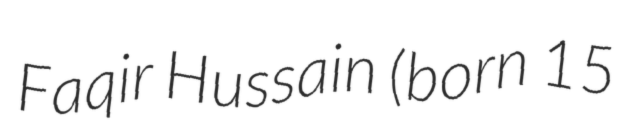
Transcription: Faqir Hussain (born 15